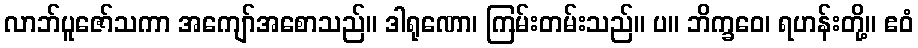
လာဘ်ပူဇော်သကာ အကျော်အစောသည်။ ဒါရုဏော၊ ကြမ်းတမ်းသည်။ ပ။ ဘိက္ခဝေ၊ ရဟန်းတို့။ ဧဝံ